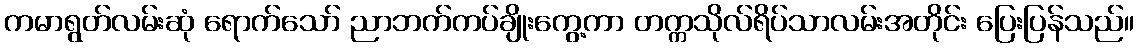
ကမာရွတ်လမ်းဆုံ ရောက်သော် ညာဘက်ကပ်ချိုးကွေ့ကာ တက္ကသိုလ်ရိပ်သာလမ်းအတိုင်း ပြေးပြန်သည်။